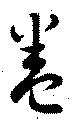
巻